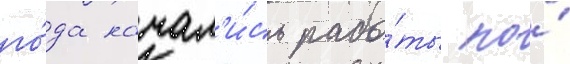
го́да начал'и́сь рабо́ты по́